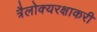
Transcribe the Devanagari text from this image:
त्रैलोक्यरक्षाकरी